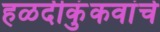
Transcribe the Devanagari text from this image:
हळदीकुंकवांचे